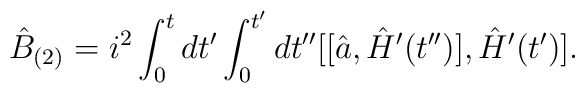
\hat{B}_{(2)} = i^2 \int_{0}^{t} dt' \int_{0}^{t'} dt''[[\hat{a}, \hat{H}' (t'')], \hat{H}' (t')].